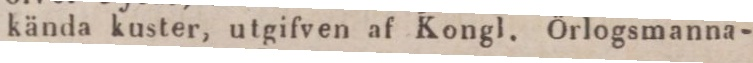
kända kuster, utgifven af Kongl. Örlogsmanna-